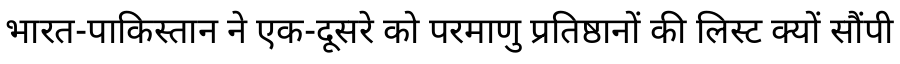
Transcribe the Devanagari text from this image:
भारत-पाकिस्तान ने एक-दूसरे को परमाणु प्रतिष्ठानों की लिस्ट क्यों सौंपी